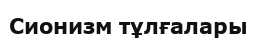
Сионизм тұлғалары